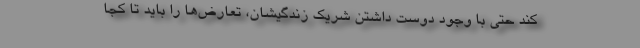
کند حتی با وجود دوست داشتنِ شریک زندگیشان، تعارض‌ها را باید تا کجا